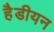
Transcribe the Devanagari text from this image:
हैडीयन